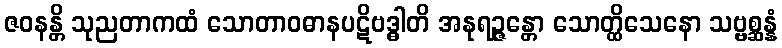
ဇဝနန္တိ သုညတာကထံ သောတာဝဓာနပဋိဗဒ္ဓါတိ အနုရဉ္ဇန္တော သောတ္ထိသေနော သဗ္ဗစ္ဆန္နံ